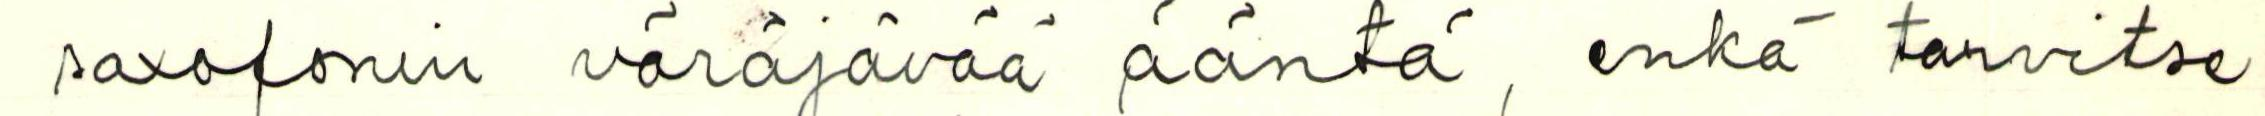
saxofonin väräjävää ääntä, enkä tarvitse